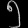
Digit: ၅